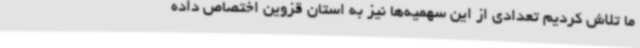
ما تلاش کردیم تعدادی از این سهمیه‌ها نیز به استان قزوین اختصاص داده